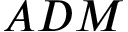
A D M